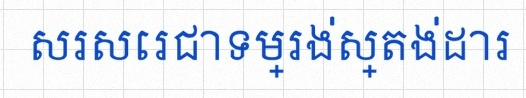
សរសេរជាទម្រង់ស្តង់ដារ